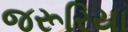
જરૂરિયા